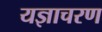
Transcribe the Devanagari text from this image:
यज्ञाचरण